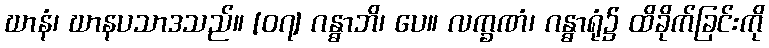
ဃာနံ၊ ဃာနပသာဒသည်။ [၀၇] ဂန္ဓာဘိ၊ ပေ။ လက္ခဏံ၊ ဂန္ဓာရုံ၌ ထိခိုက်ခြင်းကို